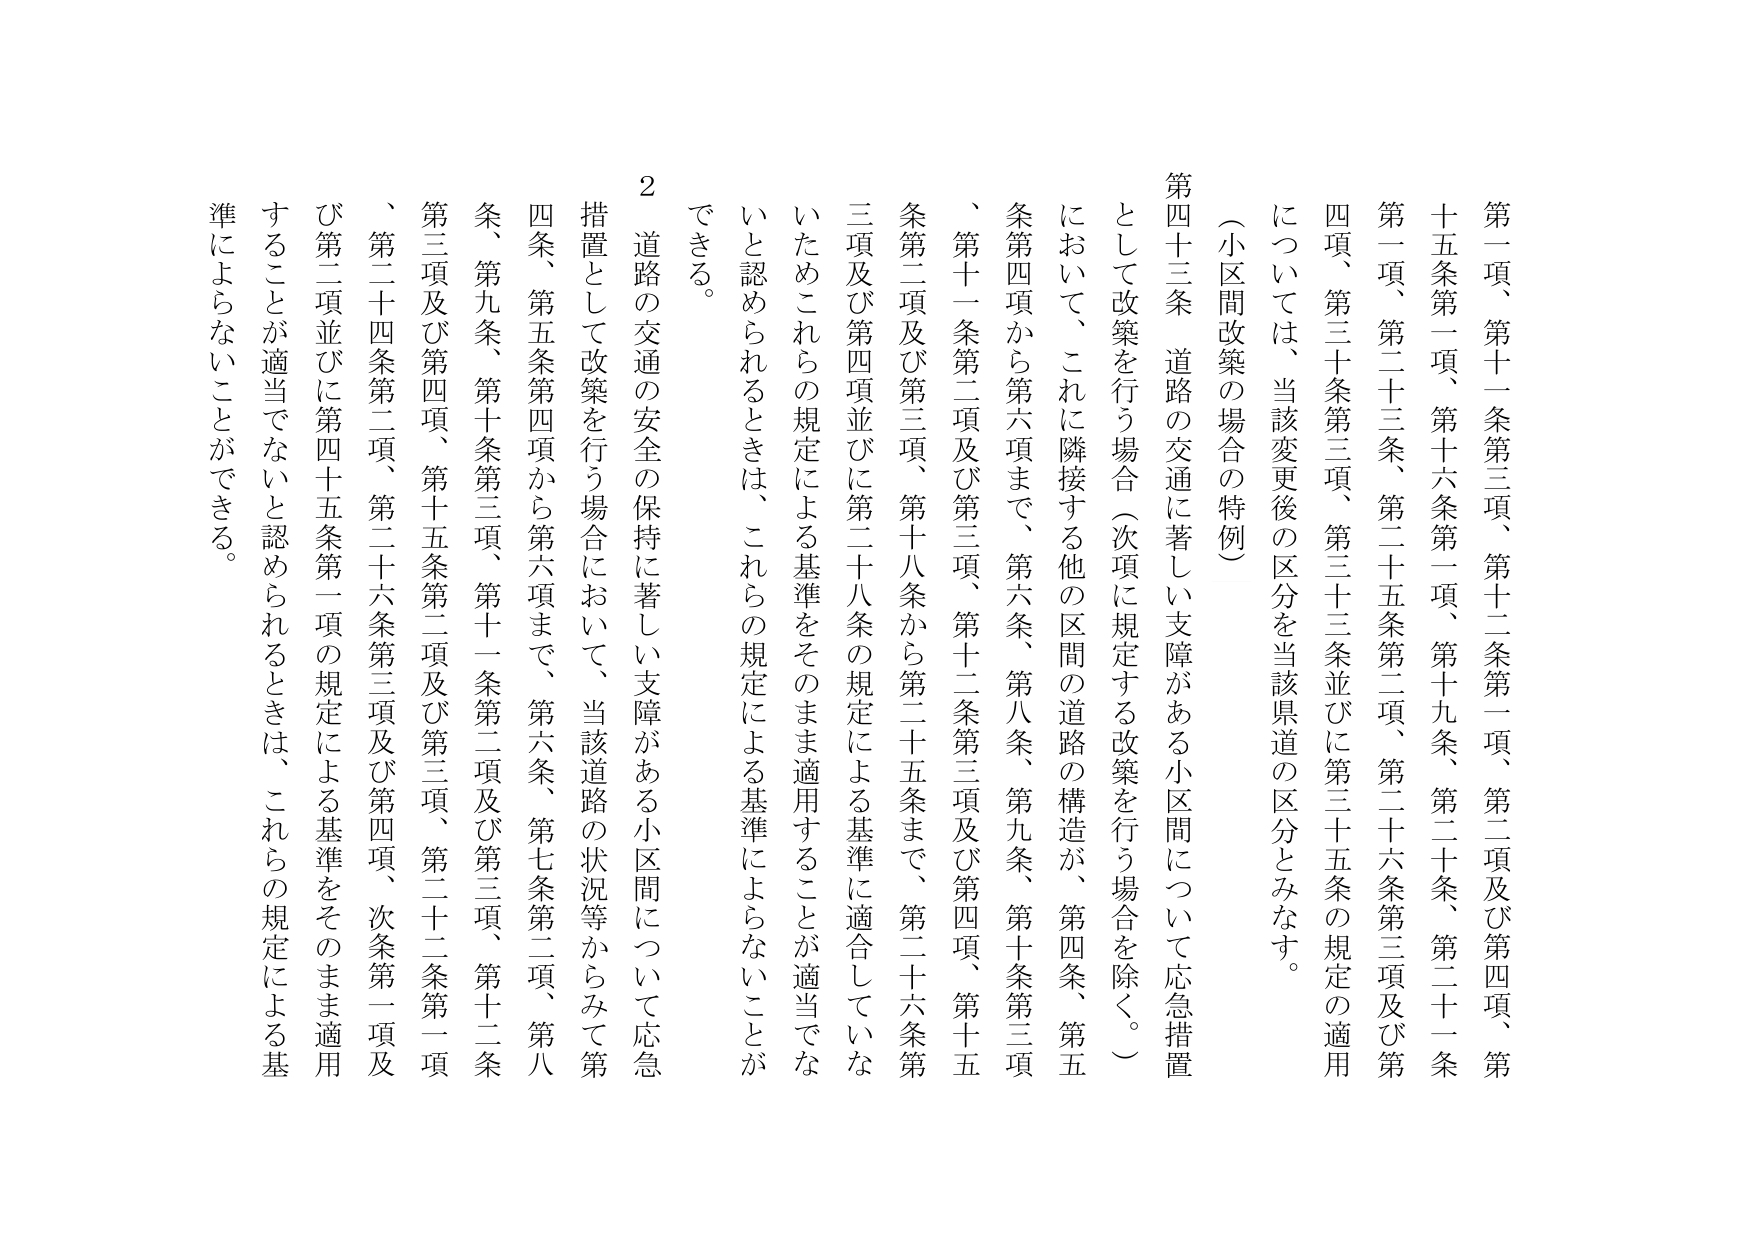
第一項、第十一条第三項、第十二条第一項、第二項及び第四項、第十五条第一項、第十六条第一項、第十九条、第二十条、二十一条第一項、第二十三条、第二十五条第二項、第二十六条第三項及び第四項、第三十条第三項、第三十三条並びに第三十五条の規定の適用については、当該変更後の区分を当該県道の区分とみなす。

（小区間改築の場合の特例）

第四十三条　道路の交通に著しい支障がある小区間について応急措置として改築を行う場合（次項に規定する改築を行う場合を除く。）において、これに隣接する他の区間の道路の構造が、第四条、第五条第四項から第六項まで、第六条、第八条、第九条、第十条第三項、第十一条第二項及び第三項、第十二条第三項及び第四項、第十五条第二項及び第三項、第十八条から第二十五条まで、第二十六条第三項及び第四項並びに第二十八条の規定による基準に適合していな いためこれらの規定による基準をそのまま適用することが適当でないと認められるときは、これらの規定による基準によらないことができる。

２　道路の交通の安全の保持に著しい支障がある小区間について応急措置として改築を行う場合において、当該道路の状況等からみて第四条、第五条第四項から第六項まで、第六条、第七条第二項、第八条、第九条、第十条第三項、第十一条第二項及び第三項、第十二条第三項及び第四項、第十五条第二項及び第三項、第二十二条第一項、第二十四条第二項、第二十六条第三項及び第四項、次条第一項及び第二項並びに第四十五条第一項の規定による基準をそのまま適用することが適当でないと認められるときは、これらの規定による基準によらないことができる。